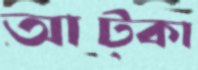
আট্‌কা